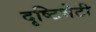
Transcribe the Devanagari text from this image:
दृष्टिभेटी